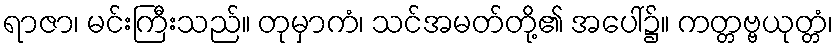
ရာဇာ၊ မင်းကြီးသည်။ တုမှာကံ၊ သင်အမတ်တို့၏ အပေါ်၌။ ကတ္တဗ္ဗယုတ္တံ၊